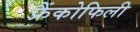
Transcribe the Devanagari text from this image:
फ्रैंकोफिली